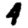
Digit: 4